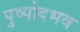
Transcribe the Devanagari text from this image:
पुष्पोदभव